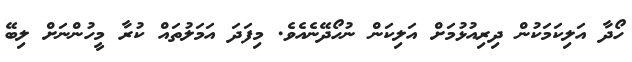
ހޯދާ އަލިކަމަކުން ދިރިއުޅުމަށް އަލިކަން ނުހޯދޭނެއެވެ. މިފަދަ އަމަލުތައް ކުރާ މީހުންނަށް ލިބޭ